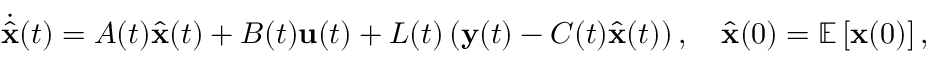
{ \dot { \hat { \mathbf { x } } } } ( t ) = A ( t ) { \hat { \mathbf { x } } } ( t ) + B ( t ) { \mathbf { u } } ( t ) + L ( t ) \left( { \mathbf { y } } ( t ) - C ( t ) { \hat { \mathbf { x } } } ( t ) \right) , \quad { \hat { \mathbf { x } } } ( 0 ) = \mathbb { E } \left[ { \mathbf { x } } ( 0 ) \right] ,